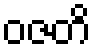
ဝဇတိ